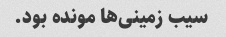
سیب زمینی‌ها مونده بود.